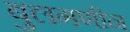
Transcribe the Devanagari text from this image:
बुलगणीन